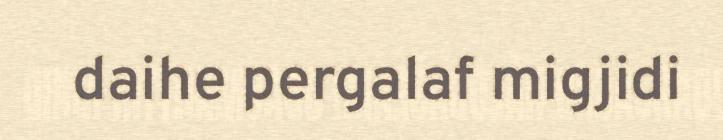
daihe pergalaf migjidi